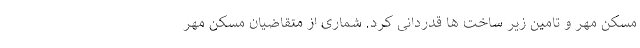
مسکن مهر و تامین زیر ساخت ها قدردانی کرد. شماری از متقاضیان مسکن مهر